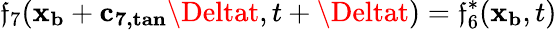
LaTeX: \mathfrak{f}_{7}(\mathbf{{x_{b}}}+\mathbf{{c_{7,tan}}}\Deltat,t+\Deltat)=\mathfrak{f}_{6}^{*}(\mathbf{{x_{b}}},t)